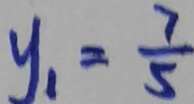
y _ { 1 } = \frac { 7 } { 5 }